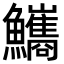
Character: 𩽨